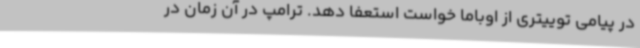
در پیامی توییتری از اوباما خواست استعفا دهد. ترامپ در آن زمان در